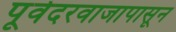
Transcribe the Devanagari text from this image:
पूर्वदरवाजापासून